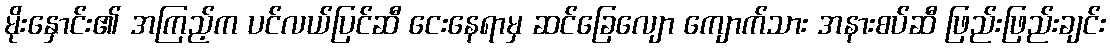
မိုးနှောင်း၏ အကြည့်က ပင်လယ်ပြင်ဆီ ငေးနေရာမှ ဆင်ခြေလျော ကျောက်သား အနားစပ်ဆီ ဖြည်းဖြည်းချင်း